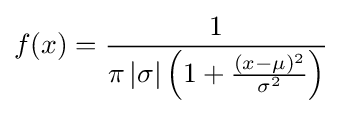
f(x)={1 \over \pi \left\vert \sigma \right\vert \left(1+{\frac {(x-\mu )^{2}}{\sigma ^{2}}}\right)}